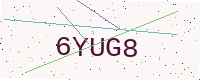
Text: 6YUG8